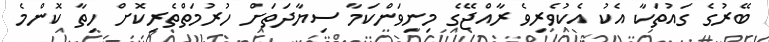
ބޭރުގެ ގައުުތަކާ އެކު އެކުވެރިވެ ރާއްޖޭގެ މިނިވަންކަމާ ސިޔާދަތަށް ހުރުމަތްތެރިކޮށް ހިތާ ކޮންމެ